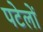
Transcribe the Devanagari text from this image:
पटेलों